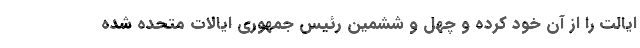
ایالت را از آن خود کرده و چهل و ششمین رئیس جمهوری ایالات متحده شده